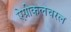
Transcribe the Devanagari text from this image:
ऐग्रीकलचरल